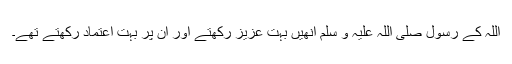
اللہ کے رسول صلی اللہ علیہ و سلم انھیں بہت عزیز رکھتے اور ان پر بہت اعتماد رکھتے تھے۔